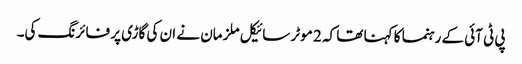
پی ٹی آئی کے رہنما کا کہنا تھا کہ 2 موٹر سائیکل ملزمان نے ان کی گاڑی پر فائرنگ کی۔